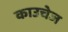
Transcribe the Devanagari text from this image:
काउचेज